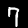
Digit: 7